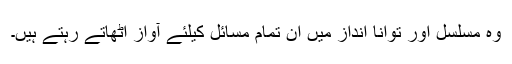
وہ مسلسل اور توانا انداز میں ان تمام مسائل کیلئے آواز اُٹھاتے رہتے ہیں۔